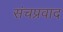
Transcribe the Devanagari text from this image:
संचप्रवाद